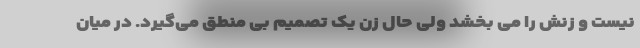
نیست و زنش را می بخشد ولی حال زن یک تصمیم بی منطق می‌گیرد. در میان